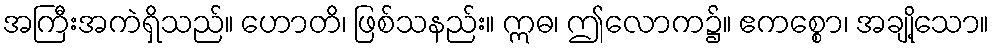
အကြီးအကဲရှိသည်။ ဟောတိ၊ ဖြစ်သနည်း။ ဣဓ၊ ဤလောက၌။ ဧကစ္စော၊ အချို့သော။